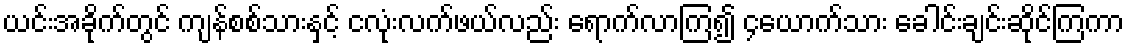
ယင်းအခိုက်တွင် ကျန်စစ်သားနှင့် ငလုံးလက်ဖယ်လည်း ရောက်လာကြ၍ ၄ယောက်သား ခေါင်းချင်းဆိုင်ကြကာ